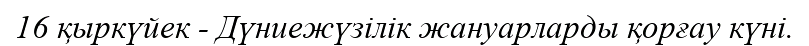
16 қыркүйек - Дүниежүзілік жануарларды қорғау күні.